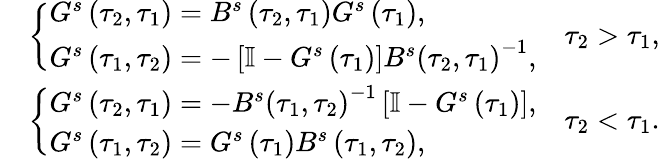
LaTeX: \begin{array}{rl}&{\left\{ \begin{array}{l}{G^{s}\left(\tau_{2},\tau_{1}\right)=B^{s}\left(\tau_{2},\tau_{1}\right)G^{s}\left(\tau_{1}\right),}\\ {G^{s}\left(\tau_{1},\tau_{2}\right)=-\left[\mathbb{I}-G^{s}\left(\tau_{1}\right)\right]B^{s}\left(\tau_{2},\tau_{1}\right)^{-1},}\end{array}\right.\ \ \ \ \tau_{2}>\tau_{1},}\\ &{\left\{ \begin{array}{l}{G^{s}\left(\tau_{2},\tau_{1}\right)=-B^{s}\left(\tau_{1},\tau_{2}\right)^{-1}\left[\mathbb{I}-G^{s}\left(\tau_{1}\right)\right],}\\ {G^{s}\left(\tau_{1},\tau_{2}\right)=G^{s}\left(\tau_{1}\right)B^{s}\left(\tau_{1},\tau_{2}\right),}\end{array}\right.\ \ \ \ \tau_{2}<\tau_{1}.}\end{array}